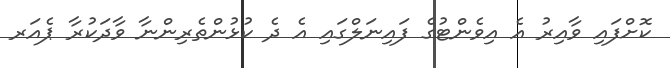
ކޮށްފައި ވާއިރު އެ އިވެންޓުގެ ފައިނަލްގައި އެ ދެ ކުޅުންތެރިންނާ ވާދަކުރާ ޕެއަރ